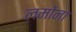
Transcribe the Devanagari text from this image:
लमोंना